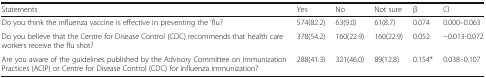
<table><thead><tr><td><b>Statements</b></td><td><b>Yes</b></td><td><b>No</b></td><td><b>Not sure</b></td><td><b>β</b></td><td><b>CI</b></td></tr></thead><tbody><tr><td>Do you think the influenza vaccine is effective in preventing the ‘flu?</td><td>574(82.2)</td><td>63(9.0)</td><td>61(8.7)</td><td>0.074</td><td>0.000–0.063</td></tr><tr><td>Do you believe that the Centre for Disease Control (CDC) recommends that health care workers receive the flu shot?</td><td>378(54.2)</td><td>160(22.9)</td><td>160(22.9)</td><td>0.052</td><td>−0.013-0.072</td></tr><tr><td>Are you aware of the guidelines published by the Advisory Committee on Immunization Practices (ACIP) or Centre for Disease Control (CDC) for influenza immunization?</td><td>288(41.3)</td><td>321(46.0)</td><td>89(12.8)</td><td>0.154*</td><td>0.038–0.107</td></tr></tbody></table>